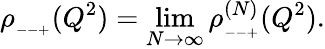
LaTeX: \rho_{_{--+}}(Q^{2})=\operatorname*{lim}_{N\rightarrow\infty}\rho_{_{--+}}^{(N)}(Q^{2}).